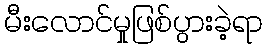
မီးလောင်မှုဖြစ်ပွားခဲ့ရာ